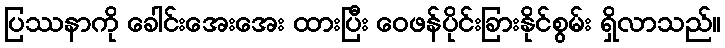
ပြဿနာကို ခေါင်းအေးအေး ထားပြီး ဝေဖန်ပိုင်းခြားနိုင်စွမ်း ရှိလာသည်။